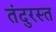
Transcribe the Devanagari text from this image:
तंदुरस्त